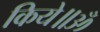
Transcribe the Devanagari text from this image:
किये॥ॐ